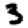
Digit: 3